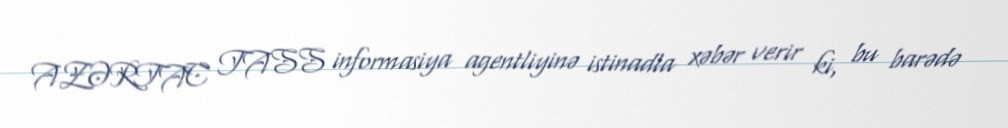
AZƏRTAC TASS informasiya agentliyinə istinadla xəbər verir ki, bu barədə